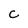
Character: C